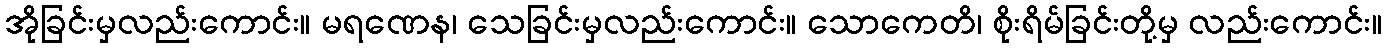
အိုခြင်းမှလည်းကောင်း။ မရဏေန၊ သေခြင်းမှလည်းကောင်း။ သောကေတိ၊ စိုးရိမ်ခြင်းတို့မှ လည်းကောင်း။